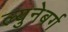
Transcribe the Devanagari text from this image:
ल्युनेबर्ग